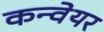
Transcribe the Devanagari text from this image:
कन्‍वेयर